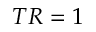
T R = 1